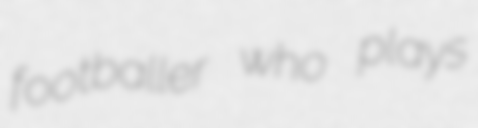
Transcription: footballer who plays